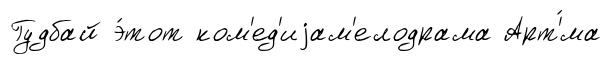
Гудбай э́тот ком'ед'иjам'елодрама Арт'́ма